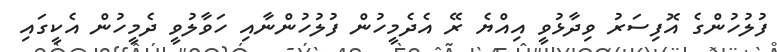
ފުލުހުންގެ އޮފިސަރު ވިދާޅުވީ އިއްޔެ ރޭ އެދެމީހުން ފުލުހުންނާއި ހަވާލުވީ ދެމީހުން އެކީގައި